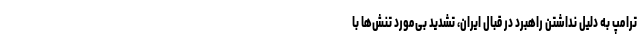
ترامپ به دلیل نداشتن راهبرد در قبال ایران، تشدید بی‌مورد تنش‌ها با